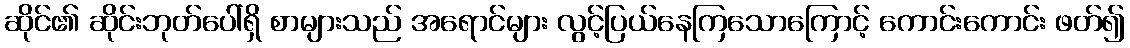
ဆိုင်၏ ဆိုင်းဘုတ်ပေါ်ရှိ စာများသည် အရောင်များ လွင့်ပြယ်နေကြသောကြောင့် ကောင်းကောင်း ဖတ်၍